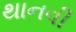
થાનવી